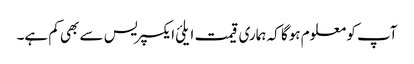
آپ کو معلوم ہوگا کہ ہماری قیمت ایلئ ایکسپریس سے بھی کم ہے۔